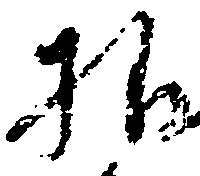
様